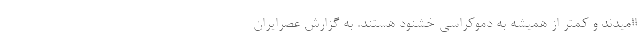
اامیدند و کمتر از همیشه به دموکراسی خشنود هستند. به گزارش عصرایران